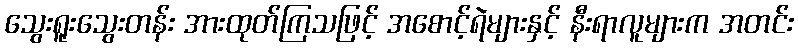
သွေးရူးသွေးတန်း အားထုတ်ကြသဖြင့် အစောင့်ရဲများနှင့် နီးရာလူများက အတင်း